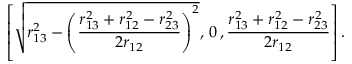
\left[ \sqrt { r _ { 1 3 } ^ { 2 } - \left( \frac { r _ { 1 3 } ^ { 2 } + r _ { 1 2 } ^ { 2 } - r _ { 2 3 } ^ { 2 } } { 2 r _ { 1 2 } } \right) ^ { 2 } } , \, 0 \, , \frac { r _ { 1 3 } ^ { 2 } + r _ { 1 2 } ^ { 2 } - r _ { 2 3 } ^ { 2 } } { 2 r _ { 1 2 } } \right] .